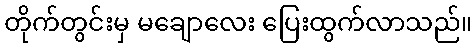
တိုက်တွင်းမှ မချောလေး ပြေးထွက်လာသည်။